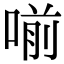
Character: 𠷁